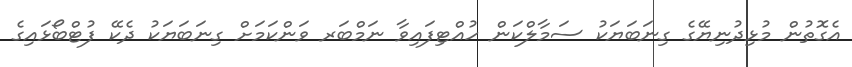
އެގޮތުން މުޅިދުނިޔޭގެ ގިނަބަޔަކު ސަމާލްކަން ހުއްޓިފައިވާ ނަމްބަރ ވަންކަމަށް ގިނަބަޔަކު ދެކޭ ފުޓްބޯޅައިގެ